Vital statistics of India. Vol. V, Reports of 1876 on armies & jails and on epidemic cholera
Year: 1876
Disease focus: Cholera
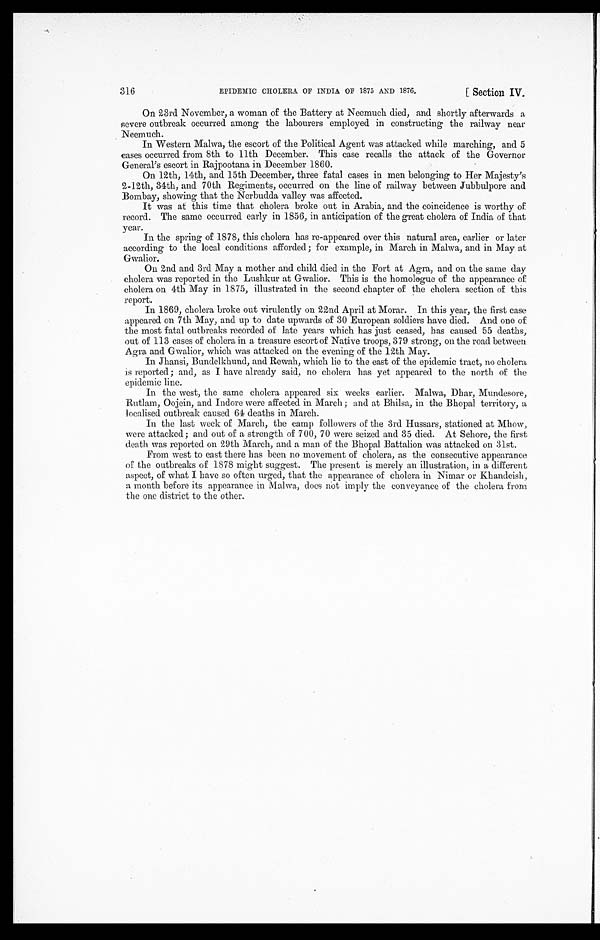
EPIDEMIC CHOLERA OF INDIA OF 1875 AND 1876,
[ Section IV.
316
On 23rd November, a woman of the Battery at Neemuch died, and shortly afterwards a
severe outbreak occurred among the labourers employed in constructing the railway near
Neemuch.
In Western Malwa, the escort of the Political Agent was attacked while marching, and 5
cases occurred from 8th to 11th December. This case recalls the attack of the Governor
General's escort in Rajpootana in December 1860.
On 12th, 14th, and 15th December, three fatal cases in men belonging to Her Majesty's
2-12th, 34th, and 70th Regiments, occurred on the line of railway between Jubbulpore and
Bombay, showing that the Nerbudda valley was affected.
It was at this time that cholera broke out in Arabia, and the coincidence is worthy of
record. The same occurred early in 1856, in anticipation of the great cholera of India of that
year.
In the spring of 1878, this cholera has re-appeared over this natural area, earlier or later
according to the local conditions afforded; for example, in March in Malwa, and in May at
Gwalior.
On 2nd and 3rd May a mother and child died in the Fort at Agra, and on the same day
cholera was reported in the Lushkur at Gwalior. This is the homologue of the appearance of
cholera on 4th May in 1875, illustrated in the second chapter of the cholera section of this
report.
In 1869, cholera broke out virulently on 22nd April at Morar. In this year, the first case
appeared on 7th May, and up to date upwards of 30 European soldiers have died. And one of
the most fatal outbreaks recorded of late years which has just ceased, has caused 55 deaths,
out of 113 cases of cholera in a treasure escort of Native troops, 379 strong, on the road between
Agra and Gwalior, which was attacked on the evening of the 12th May.
In Jhansi, Bundelkhund, and Rewah, which lie to the east of the epidemic tract, no cholera
is reported; and, as I have already said, no cholera has yet appeared to the north of the
epidemic line.
In the west, the same cholera appeared six weeks earlier. Malwa, Dhar, Mundesore,
Rutlam, Oojein, and Indore were affected in March; and at Bhilsa, in the Bhopal territory, a
localised outbreak caused 64 deaths in March.
In the last week of March, the camp followers of the 3rd Hussars, stationed at Mhow,
were attacked; and out of a strength of 700, 70 were seized and 35 died. At Sehore, the first
death was reported on 29th March, and a man of the Bhopal Battalion was attacked on 31st.
From west to east there has been no movement of cholera, as the consecutive appearance
of the outbreaks of 1878 might suggest. The present is merely an illustration, in a different
aspect, of what I have so often urged, that the appearance of cholera in Nimar or Khandeish,
a month before its appearance in Malwa, does not imply the conveyance of the cholera from
the one district to the other.